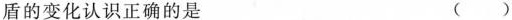
盾的变化认识正确的是 ()